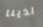
لدينا